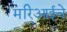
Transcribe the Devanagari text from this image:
मरिआईचे